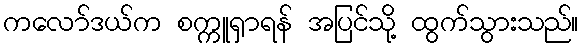
ကလော်ဒယ်က စက္ကူရှာရန် အပြင်သို့ ထွက်သွားသည်။